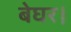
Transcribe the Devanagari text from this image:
बेघर।